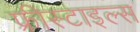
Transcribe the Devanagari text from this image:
फ्रीस्टाइल्स